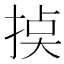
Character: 𢮸